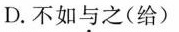
D. 不如与之(给)